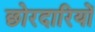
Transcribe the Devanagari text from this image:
छोरदारियों